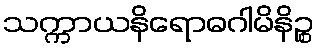
သက္ကာယနိရောဓဂါမိနိဉ္စ